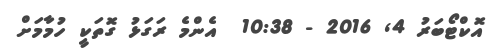
އޮކްޓޯބަރު 4